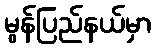
မွန်ပြည်နယ်မှာ